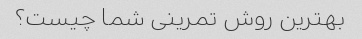
بهترین روش تمرینی شما چیست؟